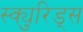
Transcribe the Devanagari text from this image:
स्क्युरिड्स